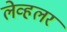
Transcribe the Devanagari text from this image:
लेव्हलर